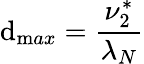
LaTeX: \mathrm{d}_{\mathrm{{m}}ax}=\frac{{\nu_{2}^{*}}}{{\lambda_{N}}}